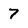
Character: 7